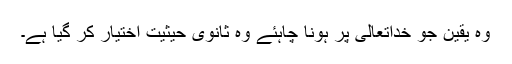
وہ یقین جو خداتعالیٰ پر ہونا چاہئے وہ ثانوی حیثیت اختیار کر گیا ہے۔